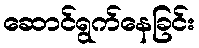
ဆောင်ရွက်နေခြင်း